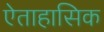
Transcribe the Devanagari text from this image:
ऐताहासिक